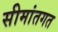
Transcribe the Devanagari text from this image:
सीमांतगत